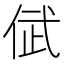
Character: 倵